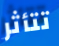
تتأثر